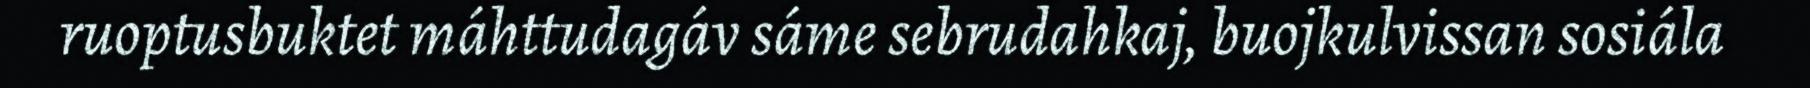
ruoptusbuktet máhttudagáv sáme sebrudahkaj, buojkulvissan sosiála